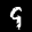
Label: 9